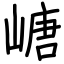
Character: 嵣